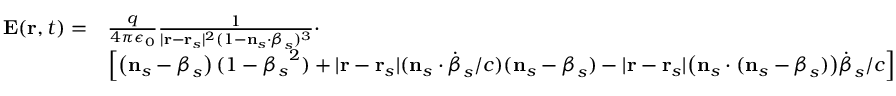
{ \begin{array} { r l } { \mathbf { E } ( \mathbf { r } , t ) = } & { { \frac { q } { 4 \pi \epsilon _ { 0 } } } { \frac { 1 } { | \mathbf { r } - \mathbf { r } _ { s } | ^ { 2 } ( 1 - \mathbf { n } _ { s } \cdot { \boldsymbol { \beta } } _ { s } ) ^ { 3 } } } \cdot } \\ & { \left[ \left( \mathbf { n } _ { s } - { \boldsymbol { \beta } } _ { s } \right) ( 1 - { \beta _ { s } } ^ { 2 } ) + | \mathbf { r } - \mathbf { r } _ { s } | ( \mathbf { n } _ { s } \cdot { \dot { \boldsymbol { \beta } } } _ { s } / c ) ( \mathbf { n } _ { s } - { \boldsymbol { \beta } } _ { s } ) - | \mathbf { r } - \mathbf { r } _ { s } | { \big ( } \mathbf { n } _ { s } \cdot ( \mathbf { n } _ { s } - { \boldsymbol { \beta } } _ { s } ) { \big ) } { \dot { \boldsymbol { \beta } } } _ { s } / c \right] } \end{array} }